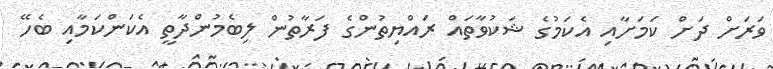
ވަރަށް ދަށް ކަމަށާއި އެކަމުގެ ޝަކުވާތައް ރައްޔިތުންގެ ފަރާތުން ލިބެމުންދާތީ އެކަންކަމާއި ބެހޭ